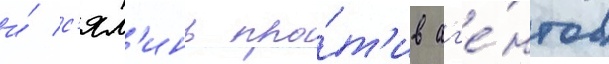
и́ с'ял'инь про́т'ив аг'е́нтов